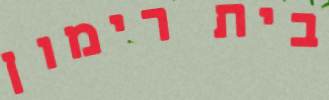
בית רימון